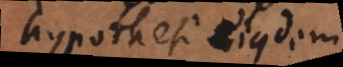
hypothesi eiusdem